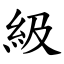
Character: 級